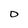
Character: O